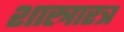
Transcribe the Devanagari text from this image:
शास्त्रारत्र